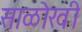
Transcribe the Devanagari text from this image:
साळोखी